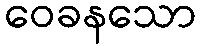
ဝေခနသော